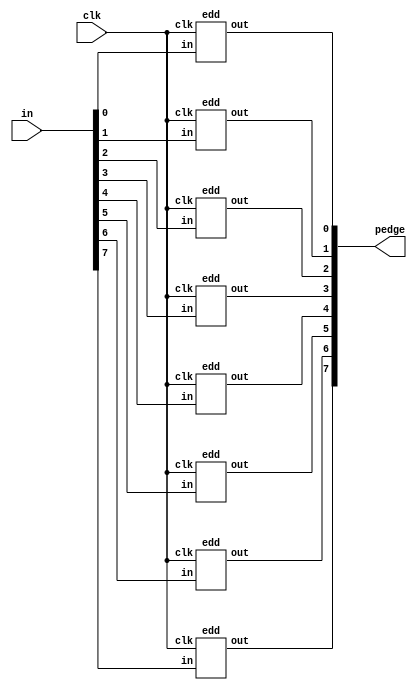
module top_module (
    input clk,
    input [7:0] in,
    output [7:0] pedge
);

genvar i;
generate
for(i = 0;i<8;i=i+1) begin : genv
    edd edd_inst(.clk(clk),.in(in[i]),.out(pedge[i]));
end
endgenerate
        
endmodule

module edd(
input clk,
input in,
output  out    
);
reg [1:0]s = 0;    
localparam idle = 0,zero_det = 1,one_det = 2;   

always @(posedge clk) begin
    case(s)
        idle: s = (in == 0) ? ('d1):('d0);
        zero_det: s = (in == 0) ? ('d1):('d2);
        one_det : s = (in == 1) ? ('d0):('d1);
    endcase
end
    

assign out = (s==one_det )? (1):(0);
    
endmodule